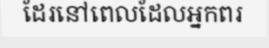
ដែរនៅពេលដែលអ្នកពរ